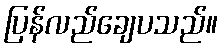
ပြန်လည်ချေပသည်။